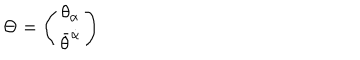
\Theta = \left( \begin{array} { c } { { { \theta } _ { \alpha } } } \\ { { { \bar { \theta } } ^ { \dot { \alpha } } } } \\ \end{array} \right)